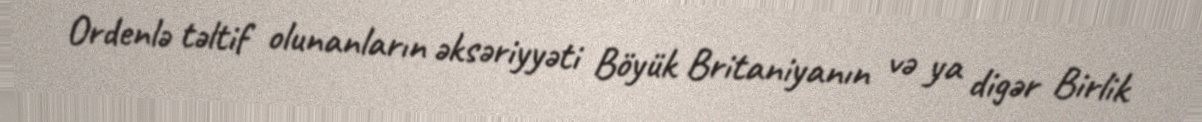
Ordenlə təltif olunanların əksəriyyəti Böyük Britaniyanın və ya digər Birlik